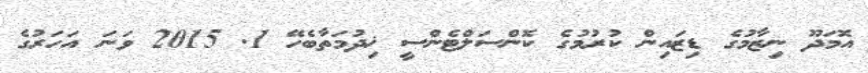
އޮމަދޫ ނިޒާމުގެ ޑިޒައިން ކުރުމުގެ ކޮންސަލްޓެންސީ ޚިދުމަތާބެހޭ 1. 2015 ވަނަ އަހަރުގެ